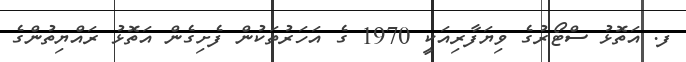
ފ. އަތޮޅު ސްޓޯރުގެ ވިޔަފާރިއަކީ 1970 ގެ އަހަރުތަކުން ފެށިގެން އަތޮޅު ރައްޔިތުންގެ